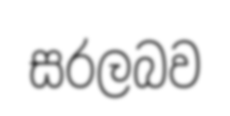
සරලබව